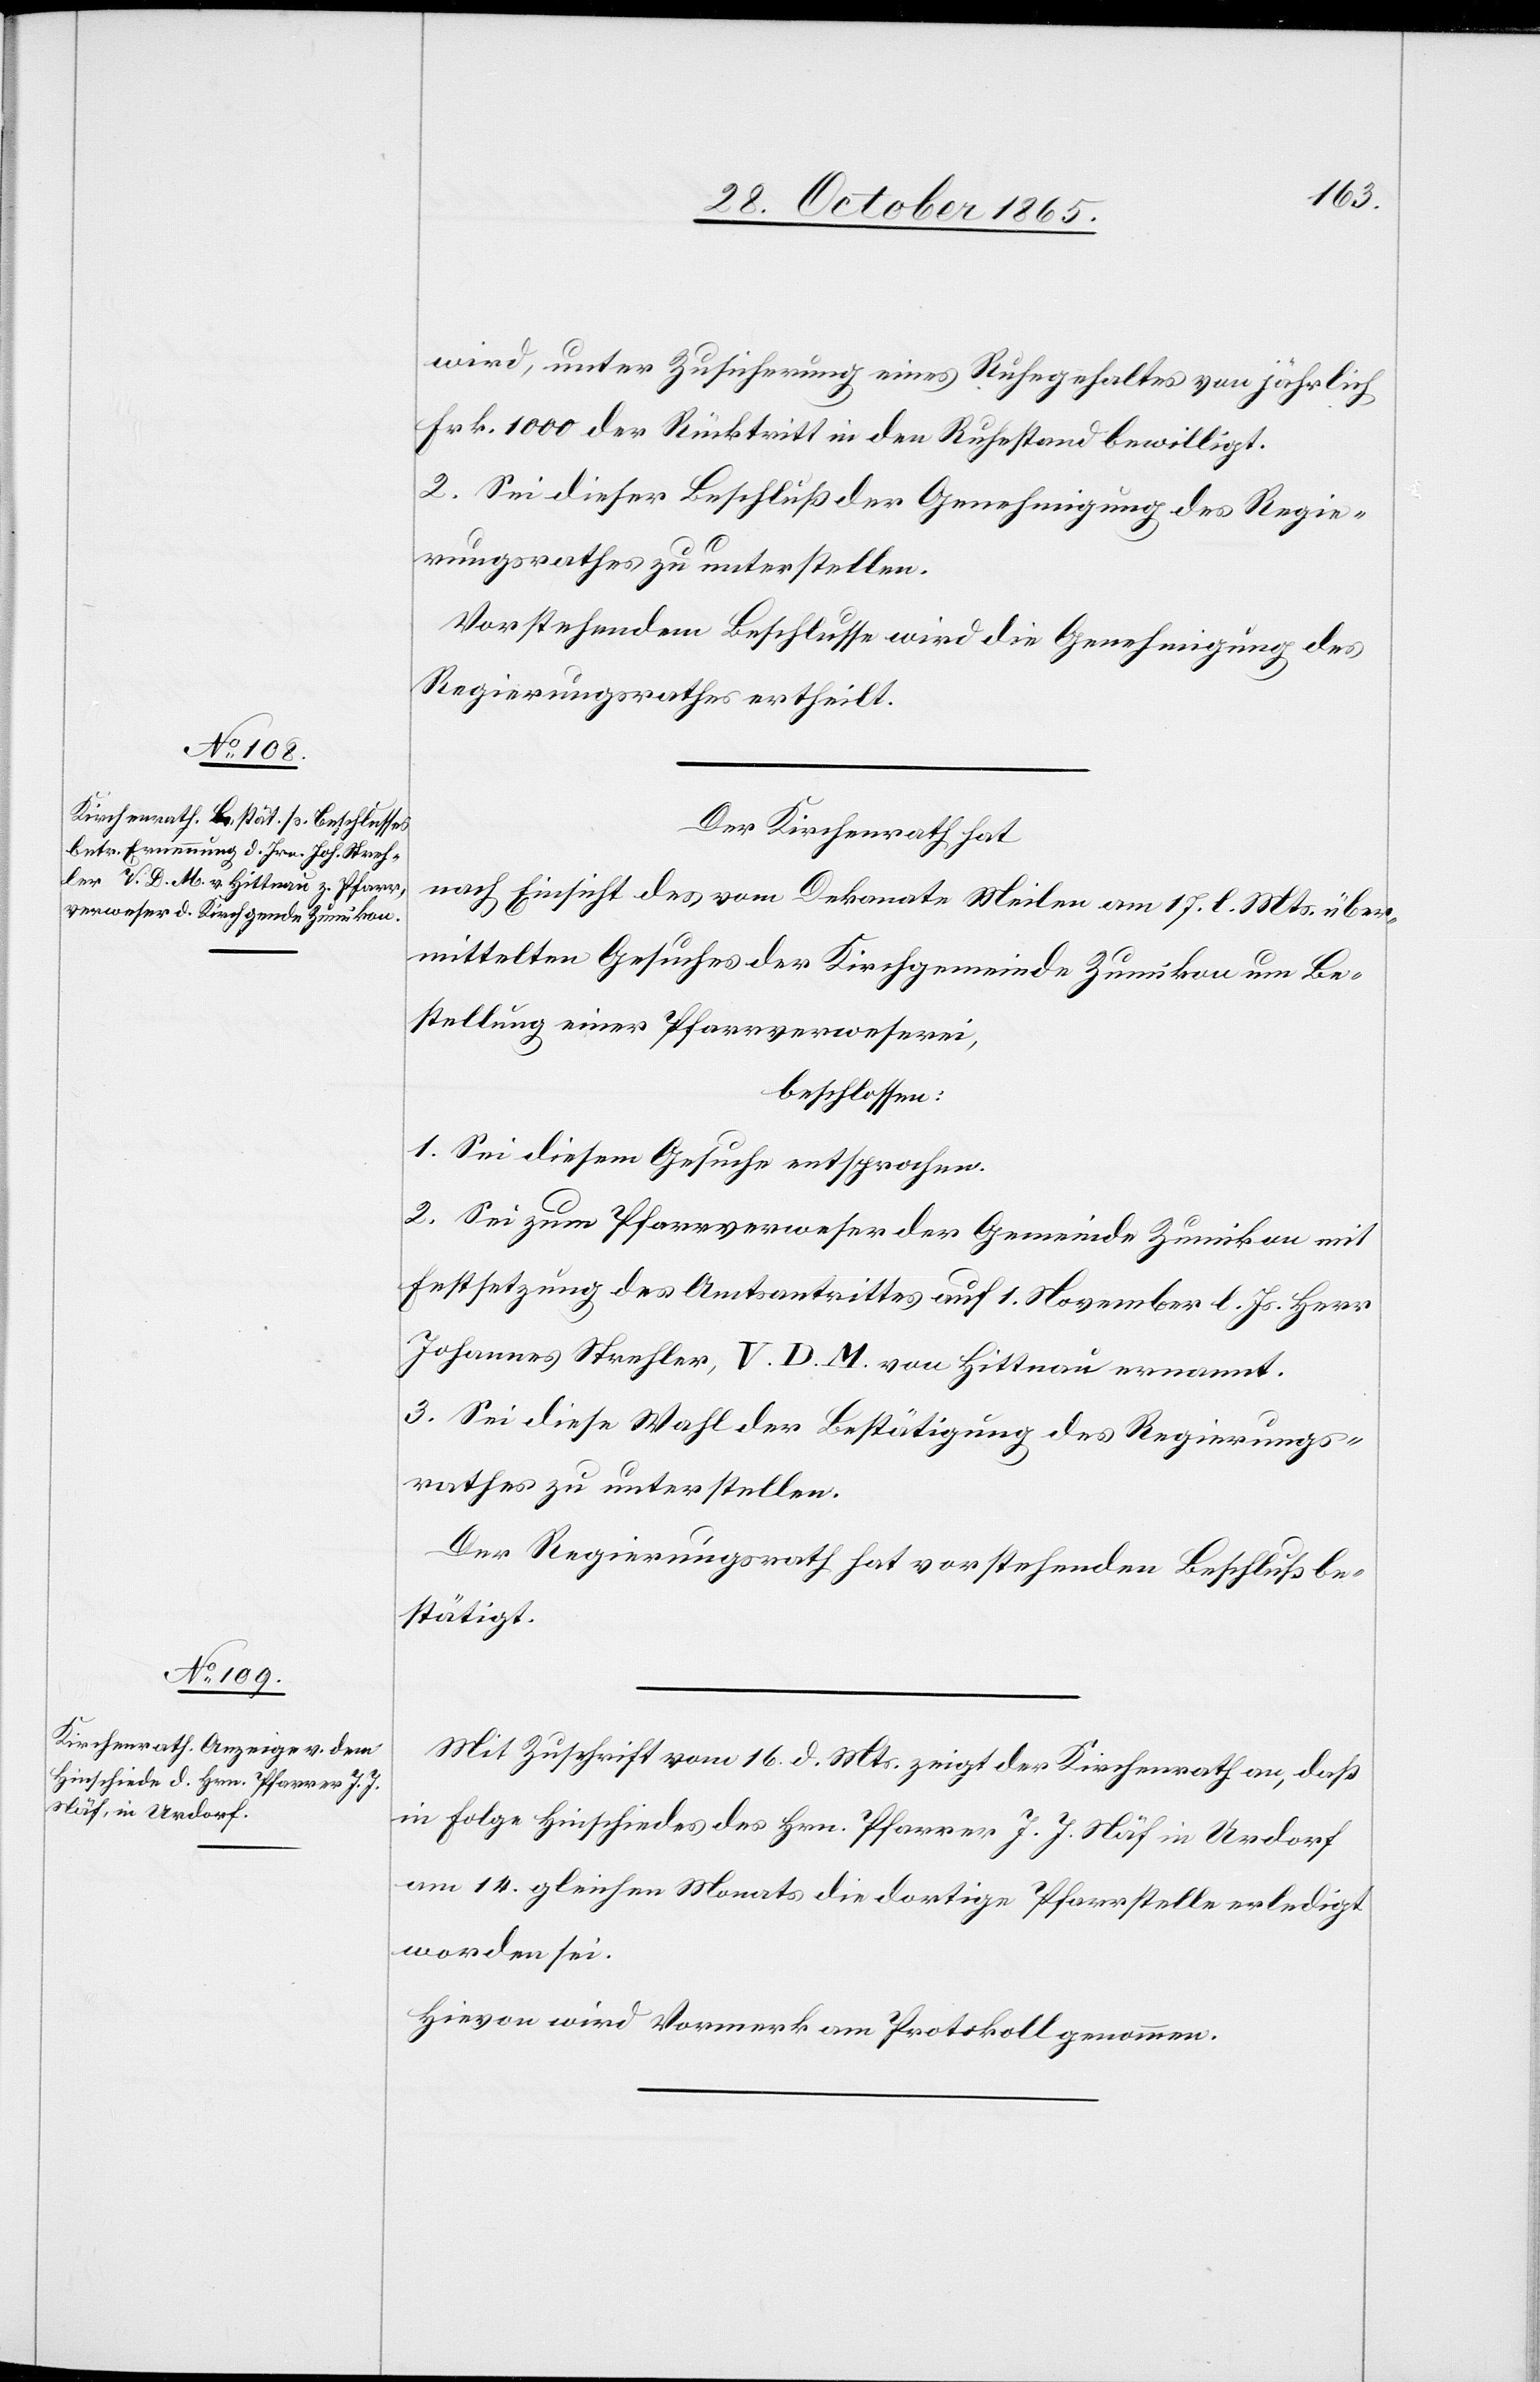
wird, unter Zusicherung eines Ruhegehaltes von jährlich
Frk. 1000 der Rücktritt in den Ruhestand bewilligt.
2. Sei dieser Beschluß der Genehmigung des Regie¬
rungsrathes zu unterstellen.
Vorstehendem Beschlusse wird die Genehmigung des
Regierungsrathes ertheilt.
Der Kirchenrath hat,
nach Einsicht des vom Dekanate Meilen am 17. l. Mts. über¬
mittelten Gesuches der Kirchgemeinde Zumikon um Be¬
stellung einer Pfarrverweserei,
beschlossen:
1. Sei diesem Gesuche entsprochen.
2. Sei zum Pfarrverweser der Gemeinde Zumikon mit
Festsetzung des Amtsantrittes auf 1. November l. Js. Herr
Johannes Strehler, V. D. M. von Hittnau ernannt.
3. Sei diese Wahl der Bestätigung des Regierungs¬
rathes zu unterstellen.
Der Regierungsrath hat vorstehenden Beschluß be¬
stätigt.
Mit Zuschrift vom 16. d. Mts. zeigt der Kirchenrath an, daß
in Folge Hinschiedes des Hrn. Pfarrer J. J. Näf in Urdorf
am 14. gleichen Monats die dortige Pfarrstelle erledigt
worden sei.
Hievon wird Vormerk am Protokoll genommen.